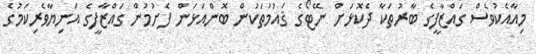
މިއާއެކުވެސް ގައްޒާފީގެ ބާރުތަކާ ދެކޮޅަށް ނޭޓޯގެ ޤައުމުތަކުން ބޮންއަޅަން ފެށުމުން ގައްޒާފީގެ އަނިޔާވެރިކަމުގެ